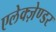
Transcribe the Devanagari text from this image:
एलेक्ज़ेण्डर